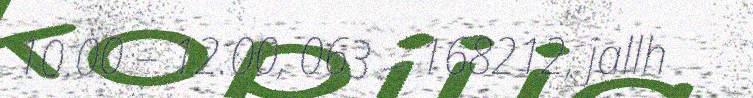
10.00 – 12.00, 063 – 168212, jallh